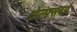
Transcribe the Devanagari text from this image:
वोल्फ़्सबर्ग